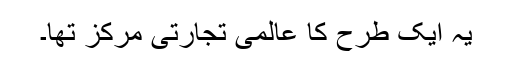
یہ ایک طرح کا عالمی تجارتی مرکز تھا۔